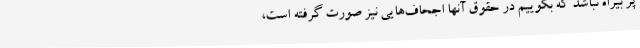
پر بیراه نباشد که بگوییم در حقوق آنها اجحاف‌هایی نیز صورت گرفته است،